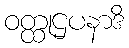
ဝတ္ထုဌပနာဒိ